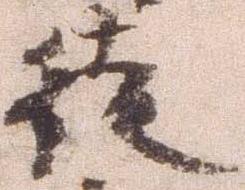
徒